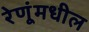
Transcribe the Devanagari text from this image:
रेणूंमधील